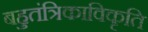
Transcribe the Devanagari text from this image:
बहुतंत्रिकाविकृति